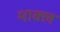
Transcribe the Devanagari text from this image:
माक्ल